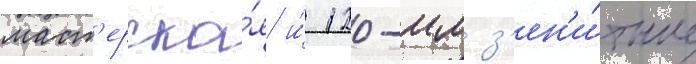
маст'ерска́я и́ 120-мм з'ен'и́тные